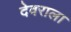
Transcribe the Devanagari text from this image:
देवराला